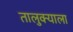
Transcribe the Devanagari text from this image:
तालुक्‍याला